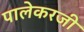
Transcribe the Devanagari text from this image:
पालेकरजी